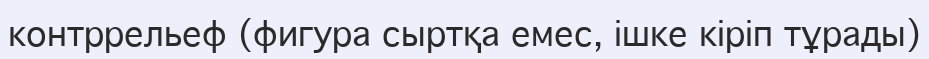
контррельеф (фигура сыртқа емес, ішке кіріп тұрады)